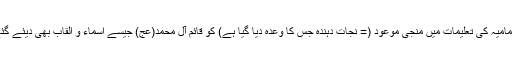
شیعہ امامیہ کی تعلیمات میں مُنجی موعود (= نجات دہندہ جس کا وعدہ دیا گیا ہے) کو قائم آل محمد(عج) جیسے اسماء و القاب بھی دیئے گئے ہیں۔